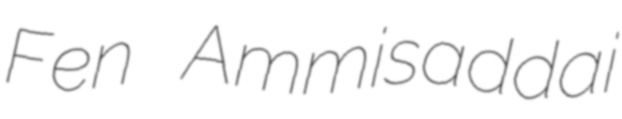
Fen Ammisaddai